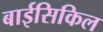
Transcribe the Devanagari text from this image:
बाईसिकिल